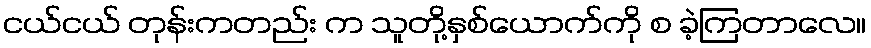
ငယ်ငယ် တုန်းကတည်း က သူတို့နှစ်ယောက်ကို စ ခဲ့ကြတာလေ။